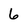
Character: 6